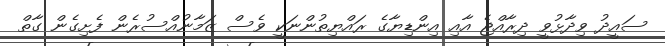
ސައީދު ވިދާޅުވީ ދިރާއްޖެ އާއި އިންޑިޔާގެ ރައްޔިތުންނަކީ ވެސް ޒަމާނުއްސުރެން ފެށިގެން ގާތް